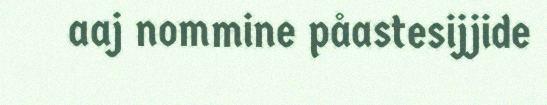
aaj nommine påastesijjide